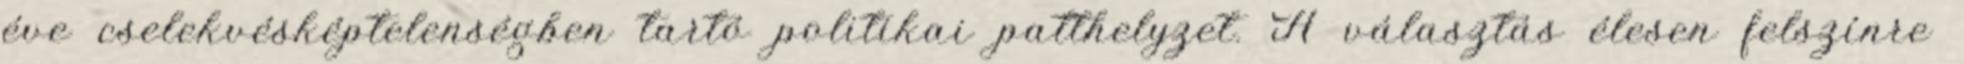
éve cselekvésképtelenségben tartó politikai patthelyzet. A választás élesen felszínre